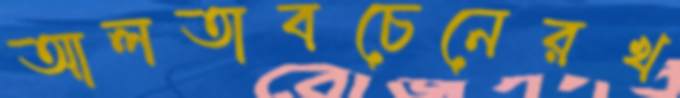
আলতাবচেনেরখ